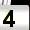
Digit: 4